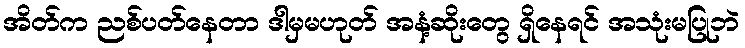
အိတ်က ညစ်ပတ်နေတာ ဒါမှမဟုတ် အနံ့ဆိုးတွေ ရှိနေရင် အသုံးမပြုဘဲ